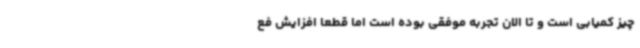
چیز کمیابی است و تا الان تجربه موفقی بوده‌ است اما قطعا افزایش فع